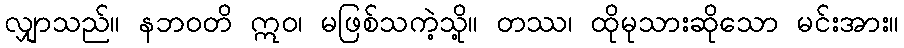
လျှာသည်။ နဘဝတိ ဣဝ၊ မဖြစ်သကဲ့သို့။ တဿ၊ ထိုမုသားဆိုသော မင်းအား။